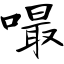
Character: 嘬